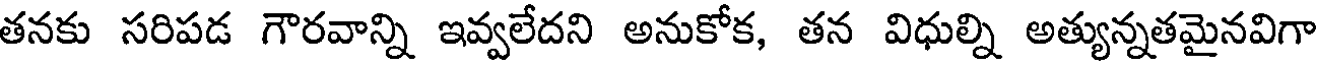
తనకు సరిపడ గౌరవాన్ని ఇవ్వలేదని అనుకోక, తన విధుల్ని అత్యున్నతమైనవిగా